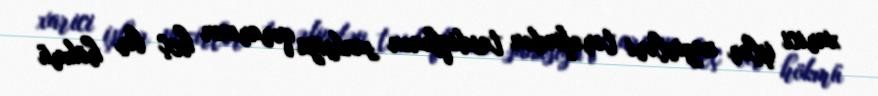
xarici işlər nazirləri tərəfindən təsdiqlənən sanksiya qərarının heç bir hökmü